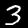
Label: 3